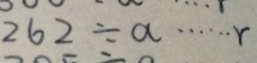
2 6 2 \div a \cdots r